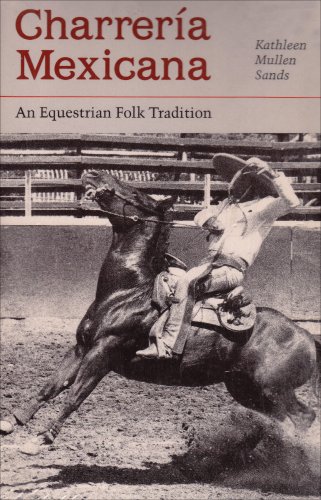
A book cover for Charreria Mexicana: An Equestrian Folk Tradition; Kathleen Mullen Sands; Sports & Outdoors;